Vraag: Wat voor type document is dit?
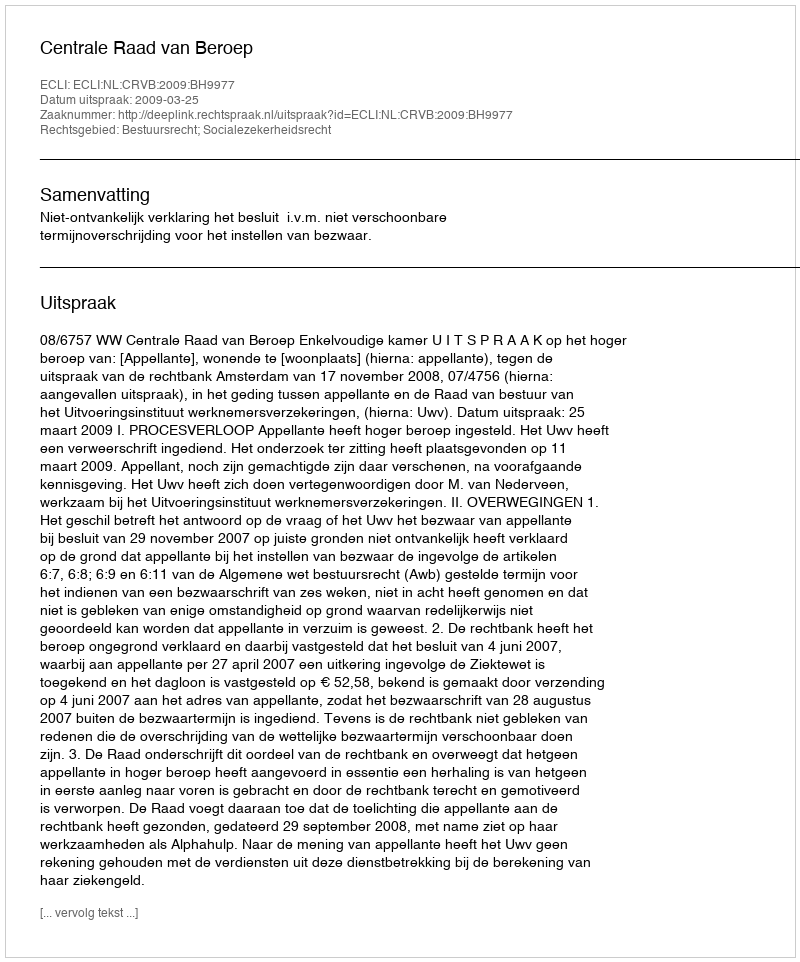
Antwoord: Uitspraak